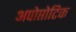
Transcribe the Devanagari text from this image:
अपोप्तोटिक